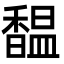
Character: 馧